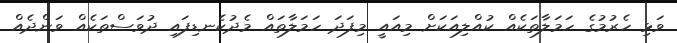
ވަޅި ހެރުމުގެ ހަމަލާތަކެއް ކުއްލިއަކަށް މިއައީ މިފަދަ ހަމަލާތައް މެދުކެނޑިފައި ދުވަސްތަކެއް ވަންދެއް